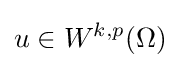
u\in W^{k,p}(\Omega )